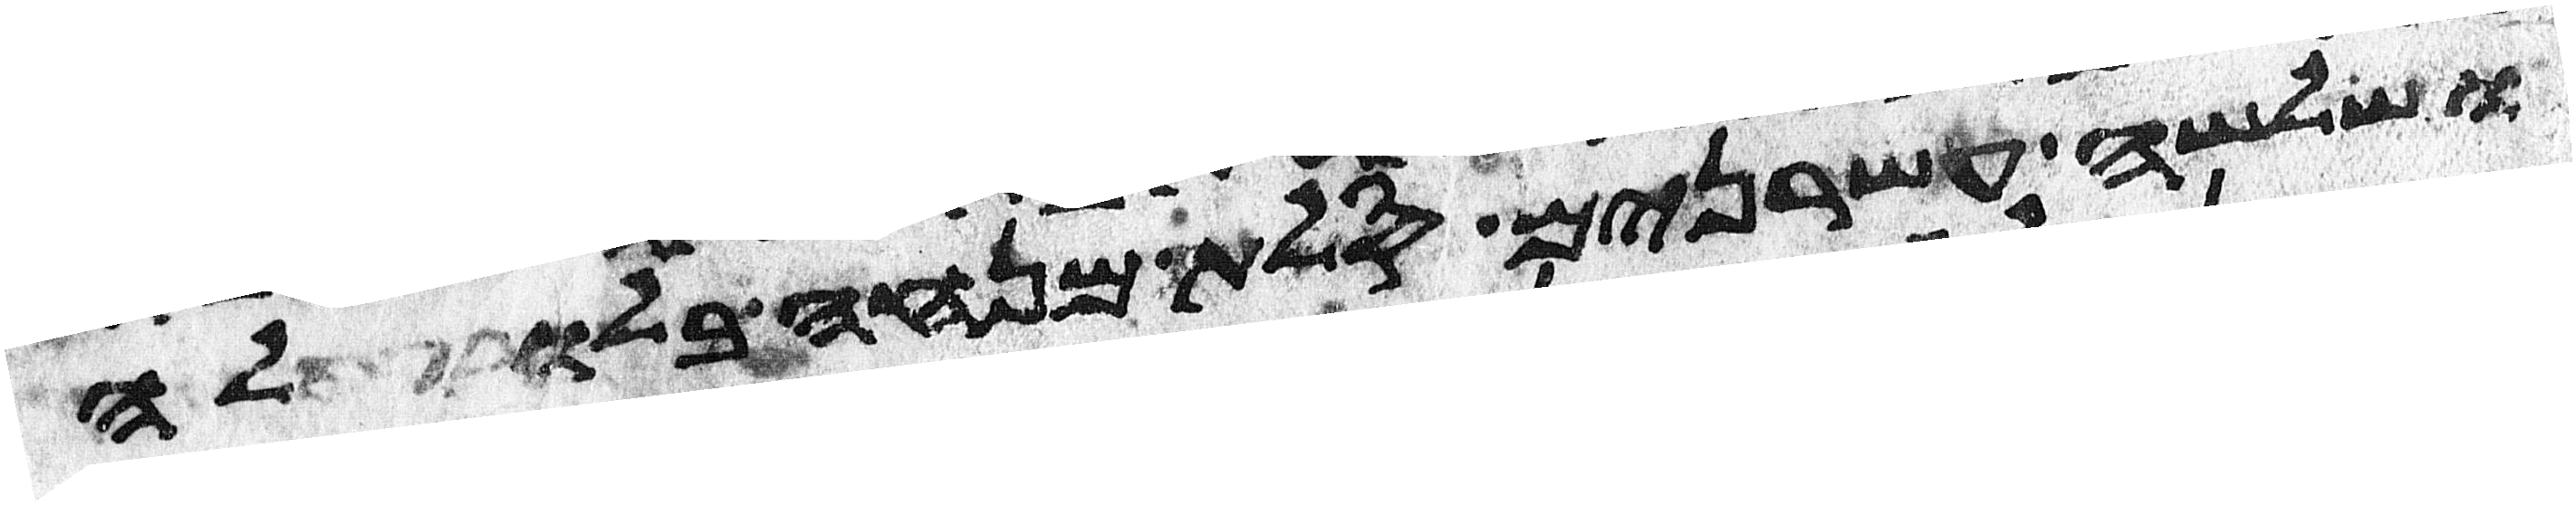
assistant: ושלשה עשרנים סלת מנחה בלולה